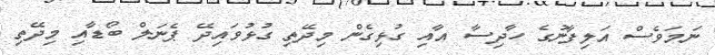
ނަމަވެސް އަލިފާނުގެ ހާދިސާ އާއި ގުޅިގެން މިދޭތި ގުޅުވައިދޭ ޕެނަލް ބޯޑާއި މިދޭތި